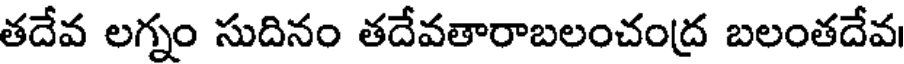
తదేవ లగ్నం సుదినం తదేవతారాబలంచంద్ర బలంతదేవ